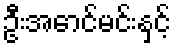
ဦးအောင်မင်းနှင့်